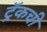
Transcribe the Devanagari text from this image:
ट्रॅकची